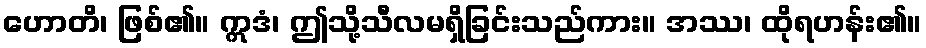
ဟောတိ၊ ဖြစ်၏။ ဣဒံ၊ ဤသို့သီလမရှိခြင်းသည်ကား။ အဿ၊ ထိုရဟန်း၏။